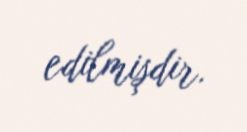
edilmişdir.